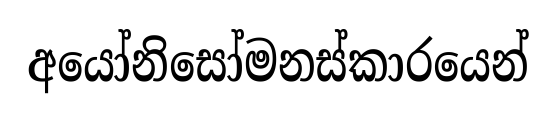
අයෝනිසෝමනස්කාරයෙන්